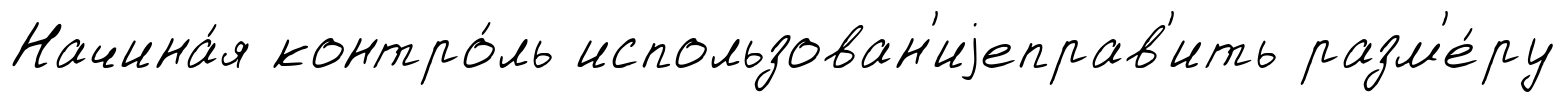
Начина́я контро́ль использован'иjеправ'ить разм'е́ру